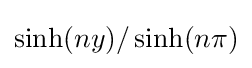
\sinh(ny)/\sinh(n\pi )